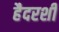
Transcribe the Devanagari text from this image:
हैदरशी